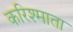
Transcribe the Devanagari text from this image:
करिश्माता